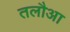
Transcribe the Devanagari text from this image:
तलौआ